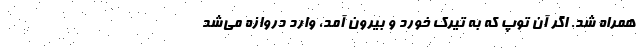
همراه شد. اگر آن توپ که به تیرک خورد و بیرون آمد، وارد دروازه می‌شد